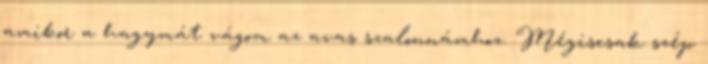
amikor a hagymát vágom az avas szalonnámhoz. Mégiscsak szép